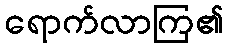
ရောက်လာကြ၏